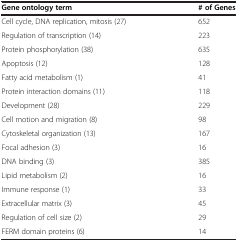
| Gene ontology term | # of Genes |
 | --- | --- |
 | Cell cycle, DNA replication, mitosis (27) | 652 |
 | Regulation of transcription (14) | 223 |
 | Protein phosphorylation (38) | 635 |
 | Apoptosis (12) | 128 |
 | Fatty acid metabolism (1) | 41 |
 | Protein interaction domains (11) | 118 |
 | Development (28) | 229 |
 | Cell motion and migration (8) | 98 |
 | Cytoskeletal organization (13) | 167 |
 | Focal adhesion (3) | 16 |
 | DNA binding (3) | 385 |
 | Lipid metabolism (2) | 16 |
 | Immune response (1) | 33 |
 | Extracellular matrix (3) | 45 |
 | Regulation of cell size (2) | 29 |
 | FERM domain proteins (6) | 14 |